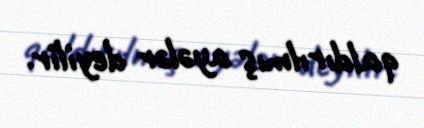
qaldırılmış ayələr deyilir.